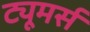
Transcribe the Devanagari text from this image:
ट्यूमर्स